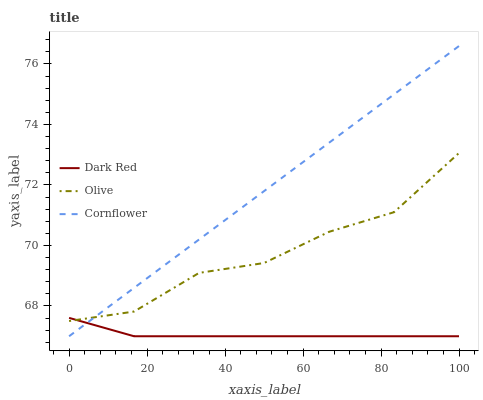
| xaxis_label | Dark Red | Olive | Cornflower |
 | --- | --- | --- | --- |
 | 0 | 67.6 | 67.5 | 67 |
 | 16.7 | 67 | 67.8 | 68.6 |
 | 33.3 | 67 | 69.1 | 70.2 |
 | 50 | 67 | 69.4 | 71.8 |
 | 66.7 | 67 | 70.5 | 73.4 |
 | 83.3 | 67 | 71.1 | 75 |
 | 100 | 67 | 73.1 | 76.6 |